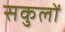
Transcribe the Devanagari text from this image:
सकुलों